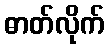
ဓာတ်လိုက်